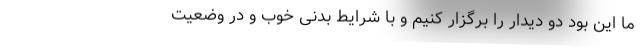
ما این بود دو دیدار را برگزار کنیم و با شرایط بدنی خوب و در وضعیت